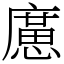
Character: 㢜